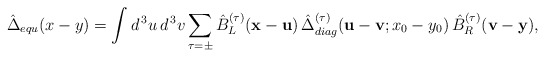
\begin{align*}\hat{\Delta}_{equ} (x - y) = \int d^{\, 3} u \, d^{\, 3} v \sum_{\tau = \pm} \hat{B}_L^{(\tau)} ({\bf x} - {\bf u}) \, \hat{\Delta}_{diag}^{(\tau)} ({\bf u} - {\bf v}; x_0 - y_0) \, \hat{B}_R^{(\tau)} ({\bf v} - {\bf y}) , \end{align*}